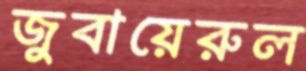
জুবায়েরুল